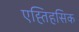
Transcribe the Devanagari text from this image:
एह्तिहसिक